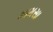
મામસા